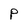
Character: P